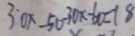
3 0 x - 5 0 - 3 0 x - 6 0 = 1 8